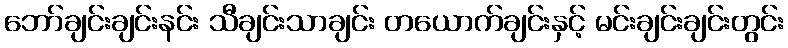
ဘော်ချင်းချင်းနင်း သီချင်းသာချင်း တယောက်ချင်းနှင့် မင်းချင်းချင်းတွင်း